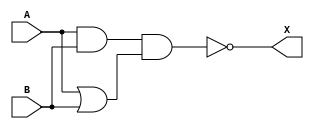
module xor_gate (
    input A,
    input B,
    output X
);

wire and_out, or_out;

assign and_out = A & B;
assign or_out = A | B;
assign X = !(and_out & or_out);

endmodule